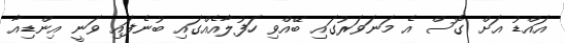
އައްޑު އަށް ގޮސް އެ މަނަވަރުގައި ބޭއްވި ހަފުލާއެއްގައި ބުނެފައި ވަނީ އިންޑިއާ